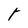
Character: t